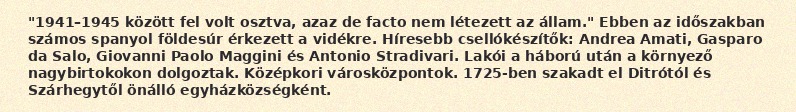
"1941–1945 között fel volt osztva, azaz de facto nem létezett az állam." Ebben az időszakban számos spanyol földesúr érkezett a vidékre. Híresebb csellókészítők: Andrea Amati, Gasparo da Salo, Giovanni Paolo Maggini és Antonio Stradivari. Lakói a háború után a környező nagybirtokokon dolgoztak. Középkori városközpontok. 1725-ben szakadt el Ditrótól és Szárhegytől önálló egyházközségként.